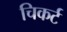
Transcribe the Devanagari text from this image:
चिकर्ट